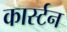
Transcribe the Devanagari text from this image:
कार्स्टन